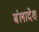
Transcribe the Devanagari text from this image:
बंलादेश